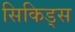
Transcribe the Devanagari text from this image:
सिकिड्स